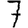
Digit: 7